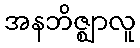
အနဘိဇ္ဈာလူ